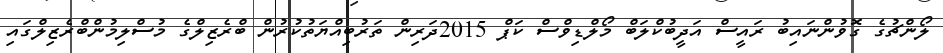
ލޯންޗުގެ ގޮވުންނައިބު ރައީސް އަދީބުކްލަބް މޯލްޑިވްސް ކަޕް 2015ދަރިން ތަރުބިއްޔަތުކުރުން ބްރެޒިލްގެ މުސްލިމުންބްރެޒިލްގައި